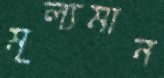
মূল্যমান